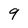
Character: 9